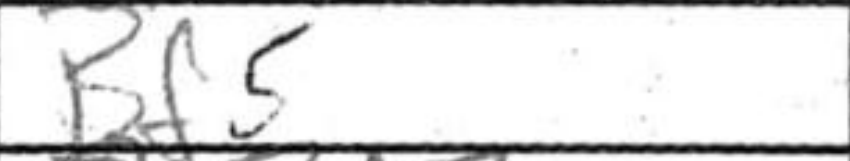
Transcription: Bf5